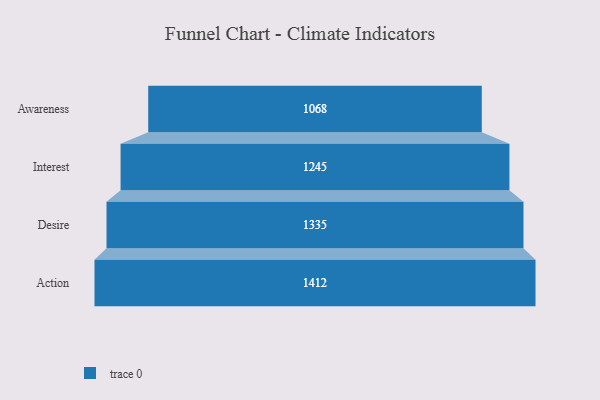
{"axis": {"x": "Stage", "y": "Value"}, "legend": [""], "data": [{"x": "Awareness", "y": 1068.0, "type": ""}, {"x": "Interest", "y": 1245.0, "type": ""}, {"x": "Desire", "y": 1335.0, "type": ""}, {"x": "Action", "y": 1412.0, "type": ""}]}